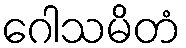
ဂေါသမိတံ